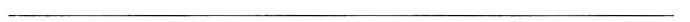
___